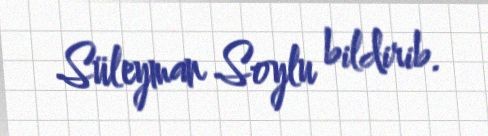
Süleyman Soylu bildirib.